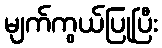
မျက်ကွယ်ပြုပြီး